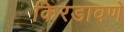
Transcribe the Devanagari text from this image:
किरडावणे